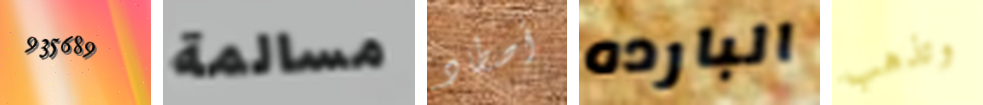
935689 مسالمة أصطاد البارده وتذهب